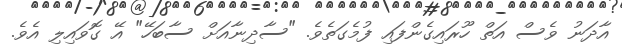
އާދަނު ވެސް އަތް ހޫރައިގެންފައި ފުމެގަތެވެ. "ސާދިނާއަށް ސާބަހޭ" އޭ ގޮވައިލި އެވެ.